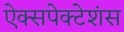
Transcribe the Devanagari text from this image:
ऐक्सपेक्टेशंस